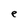
Character: e